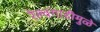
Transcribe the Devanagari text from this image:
रेल्वगाडीमुळे